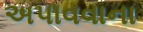
અપાવવાના